Annual report of the Bengal Veterinary College and of the Civil Veterinary Department, Bengal, for the year 1907-1908 - 1907-1908
Year: 1907
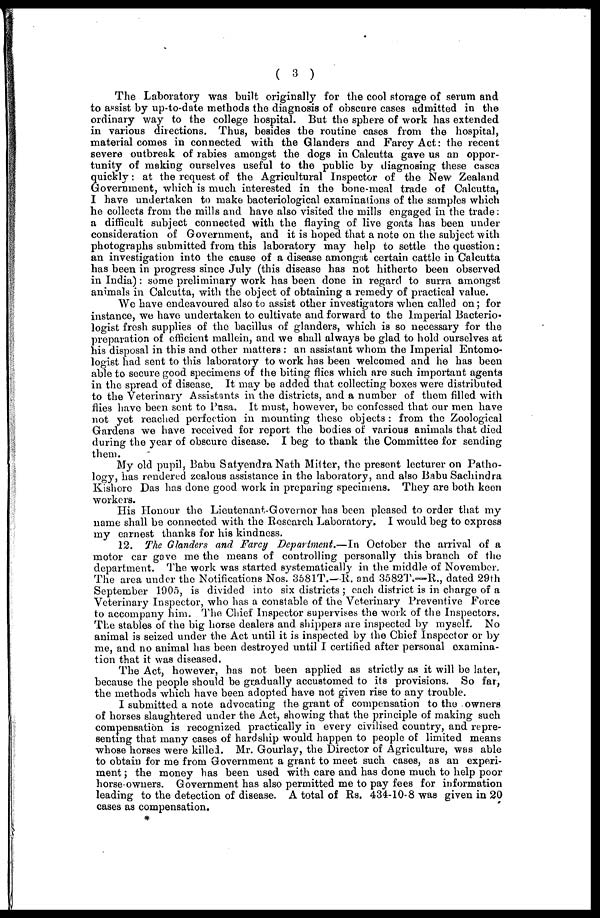
( 3 )
The Laboratory was built originally for the cool storage of serum and
to assist by up-to-date methods the diagnosis of obscure cases admitted in the
ordinary way to the college hospital. But the sphere of work has extended
in various directions. Thus, besides the routine cases from the hospital,
material comes in connected with the Glanders and Farcy Act: the recent
severe outbreak of rabies amongst the dogs in Calcutta gave us an oppor-
tunity of making ourselves useful to the public by diagnosing these cases
quickly: at the request of the Agricultural Inspector of the New Zealand
Government, which is much interested in the bone-meal trade of Calcutta,
I have undertaken to make bacteriological examinations of the samples which
he collects from the mills and have also visited the mills engaged in the trade:
a difficult subject connected with the flaying of live goats has been under
consideration of Government, and it is hoped that a note on the subject with
photographs submitted from this laboratory may help to settle the question:
an investigation into the cause of a disease amongst certain cattle in Calcutta
has been in progress since July (this disease has not hitherto been observed
in India): some preliminary work has been done in regard to surra amongst
animals in Calcutta, with the object of obtaining a remedy of practical value.
We have endeavoured also to assist other investigators when called on; for
instance, we have undertaken to cultivate and forward to the Imperial Bacterio-
logist fresh supplies of the bacillus of glanders, which is so necessary for the
preparation of efficient mallein, and we shall always be glad to hold ourselves at
his disposal in this and other matters: an assistant whom the Imperial Entomo-
logist had sent to this laboratory to work has been welcomed and he has been
able to secure good specimens of the biting flies which are such important agents
in the spread of disease. It may be added that collecting boxes were distributed
to the Veterinary Assistants in the districts, and a number of them filled with
flies have been sent to Pusa. It must, however, be confessed that our men have
not yet reached perfection in mounting these objects: from the Zoological
Gardens we have received for report the bodies of various animals that died
during the year of obscure disease. I beg to thank the Committee for sending
them.
My old pupil, Babu Satyendra Nath Mitter, the present lecturer on Patho-
logy, has rendered zealous assistance in the laboratory, and also Babu Sachindra
Kishore Das has done good work in preparing specimens. They are both keen
workers.
His Honour the Lieutenant-Governor has been pleased to order that my
name shall be connected with the Research Laboratory. I would beg to express
my earnest thanks for his kindness.
12. The Glanders and Farcy Department.—In October the arrival of a
motor car gave me the means of controlling personally this branch of the
department. The work was started systematically in the middle of November.
The area under the Notifications Nos. 3681T.—R. and 3582T.—R., dated 29th
September 1905, is divided into six districts; each district is in charge of a
Veterinary Inspector, who has a constable of the Veterinary Preventive Force
to accompany him. The Chief Inspector supervises the work of the Inspectors.
The stables of the big horse dealers and shippers are inspected by myself. No
animal is seized under the Act until it is inspected by the Chief Inspector or by
me, and no animal has been destroyed until I certified after personal examina-
tion that it was diseased.
The Act, however, has not been applied as strictly as it will be later,
because the people should be gradually accustomed to its provisions. So far,
the methods which have been adopted have not given rise to any trouble.
I submitted a note advocating the grant of compensation to the owners
of horses slaughtered under the Act, showing that the principle of making such
compensation is recognized practically in every civilised country, and repre-
senting that many cases of hardship would happen to people of limited means
whose horses were killed. Mr. Gourlay, the Director of Agriculture, was able
to obtain for me from Government a grant to meet such cases, as an experi-
ment; the money has been used with care and has done much to help poor
horse owners. Government has also permitted me to pay fees for information
leading to the detection of disease. A total of Rs. 434-10-8 was given in 20
cases as compensation.